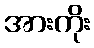
အားကိုး